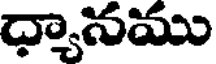
ద్యానము